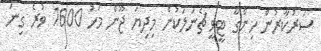
ސަރުކާރުން ހިންގާ ޓީވީ ޗެނަލަކުން މިދިޔަ ޖޫން މަހު 1600 ވުރެ ގިނަ